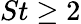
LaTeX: St\ge 2